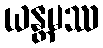
ယန္တမဿ